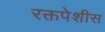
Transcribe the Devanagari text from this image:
रक्तपेशीस